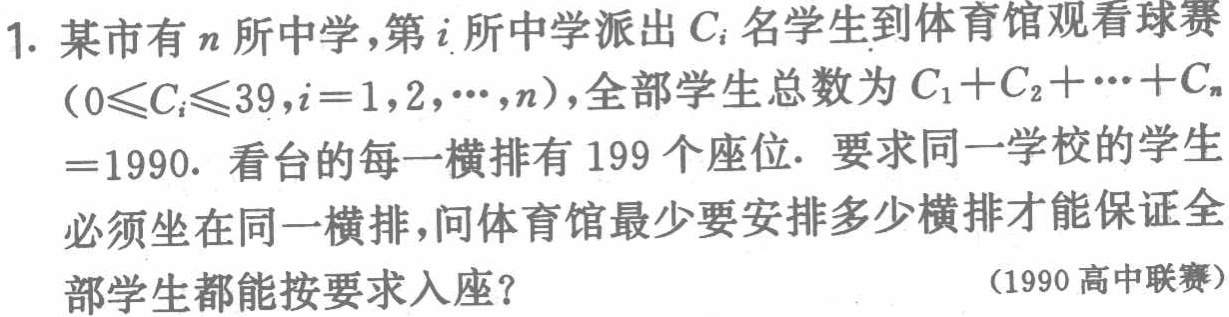
1. 某市有\(n\)所中学，第\(i\)所中学派出\(C_{i}\)名学生到体育馆观看球赛\((0\leqslant C_{i}\leqslant39,i = 1,2,\cdots,n)\)，全部学生总数为\(C_{1}+C_{2}+\cdots +C_{n}=1990\)。看台的每一横排有\(199\)个座位. 要求同一学校的学生必须坐在同一横排，问体育馆最少要安排多少横排才能保证全部学生都能按要求入座？

（1990高中联赛）